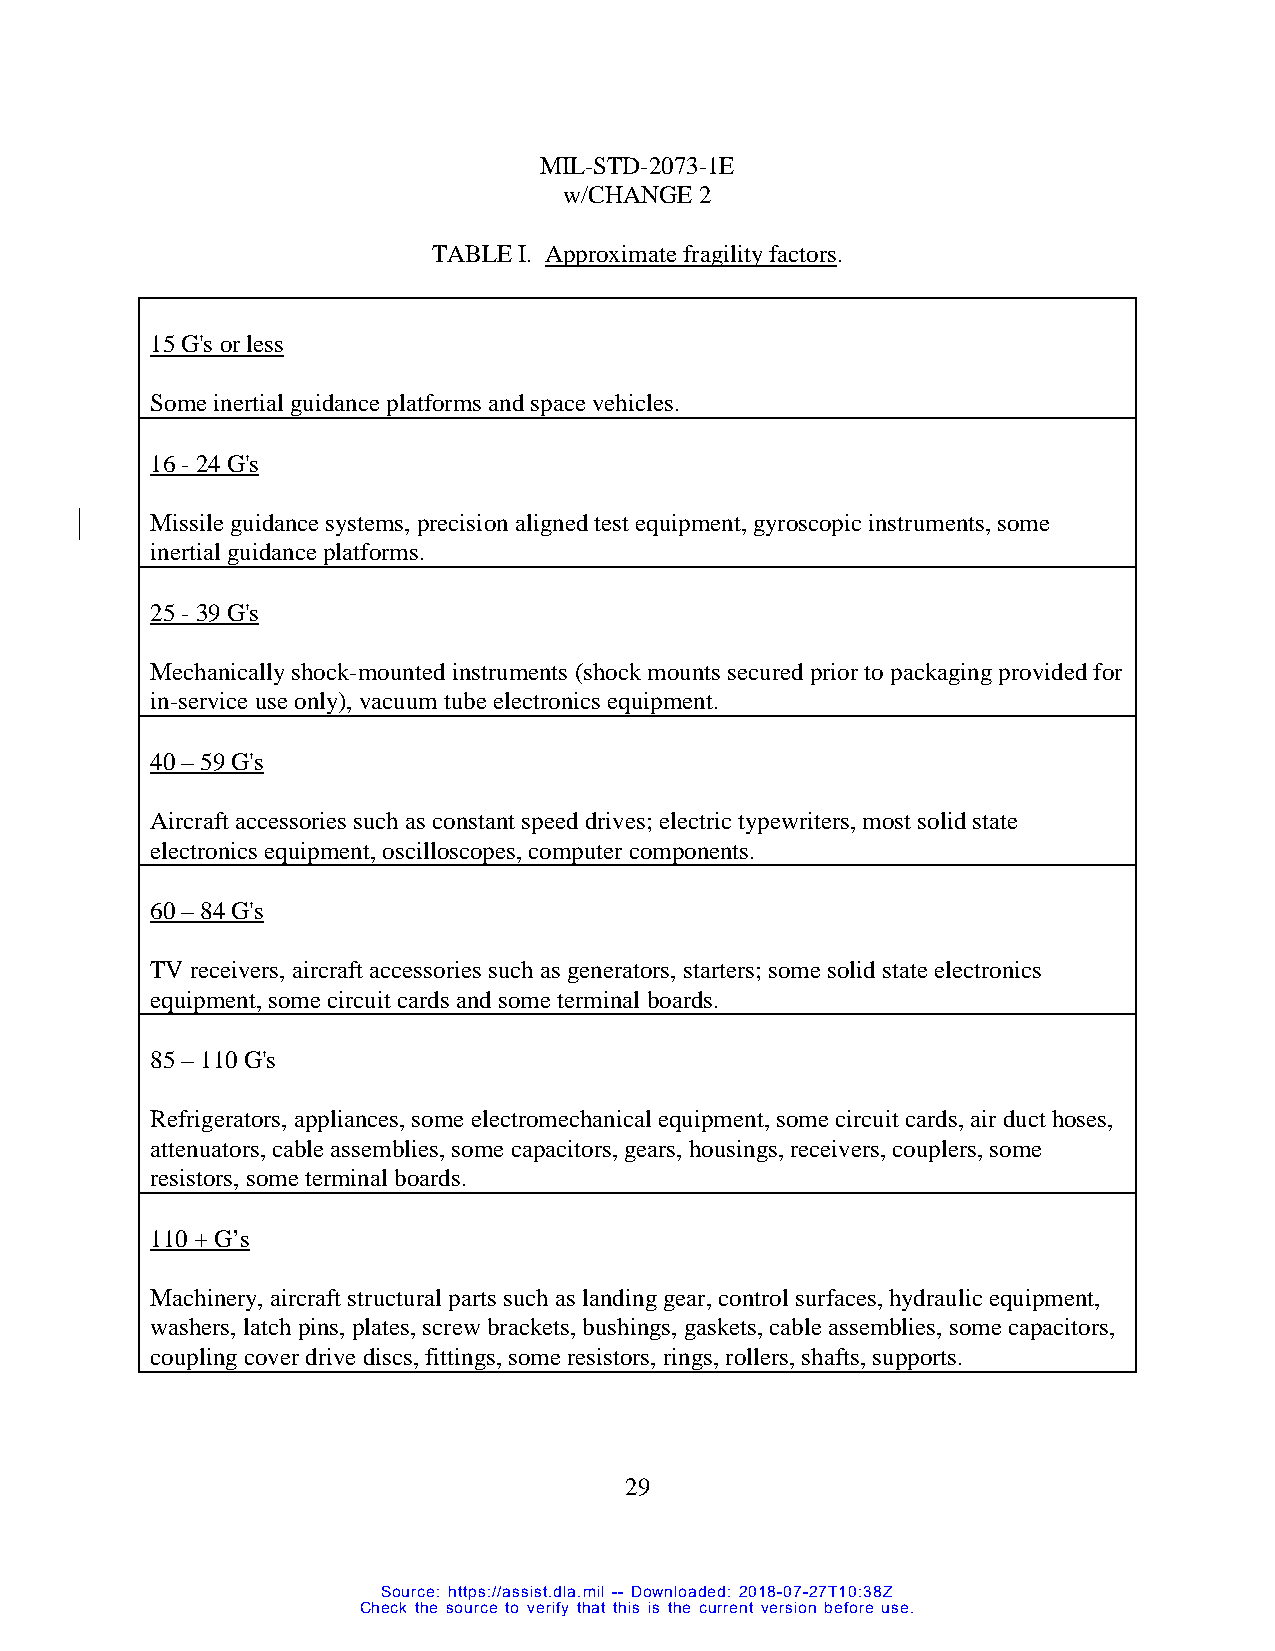
MIL-STD-2073-1E
 w/CHANGE 2
 TABLE I. Approximate fragility factors.
 15 G's or less
 Some inertial guidance platforms and space vehicles.
 16 - 24 G's
 Missile guidance systems, precision aligned test equipment, gyroscopic instruments, some
 inertial guidance platforms.
 25 - 39 G's
 Mechanically shock-mounted instruments (shock mounts secured prior to packaging provided for
 in-service use only), vacuum tube electronics equipment.
 40 – 59 G's
 Aircraft accessories such as constant speed drives; electric typewriters, most solid state
 electronics equipment, oscilloscopes, computer components.
 60 – 84 G's
 TV receivers, aircraft accessories such as generators, starters; some solid state electronics
 equipment, some circuit cards and some terminal boards.
 85 – 110 G's
 Refrigerators, appliances, some electromechanical equipment, some circuit cards, air duct hoses,
 attenuators, cable assemblies, some capacitors, gears, housings, receivers, couplers, some
 resistors, some terminal boards.
 110 + G’s
 Machinery, aircraft structural parts such as landing gear, control surfaces, hydraulic equipment,
 washers, latch pins, plates, screw brackets, bushings, gaskets, cable assemblies, some capacitors,
 coupling cover drive discs, fittings, some resistors, rings, rollers, shafts, supports.
 29
 Source: https://assist.dla.mil -- Downloaded: 2018-07-27T10:38Z
 Check the source to verify that this is the current version before use.